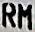
RM